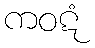
ကဝဋံ